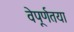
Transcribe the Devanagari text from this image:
वेपूर्णतया